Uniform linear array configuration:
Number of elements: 16
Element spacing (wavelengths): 0.75
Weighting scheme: kaiser
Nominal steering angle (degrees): -30
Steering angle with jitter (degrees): -31.316
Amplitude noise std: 0.05
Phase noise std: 0.05

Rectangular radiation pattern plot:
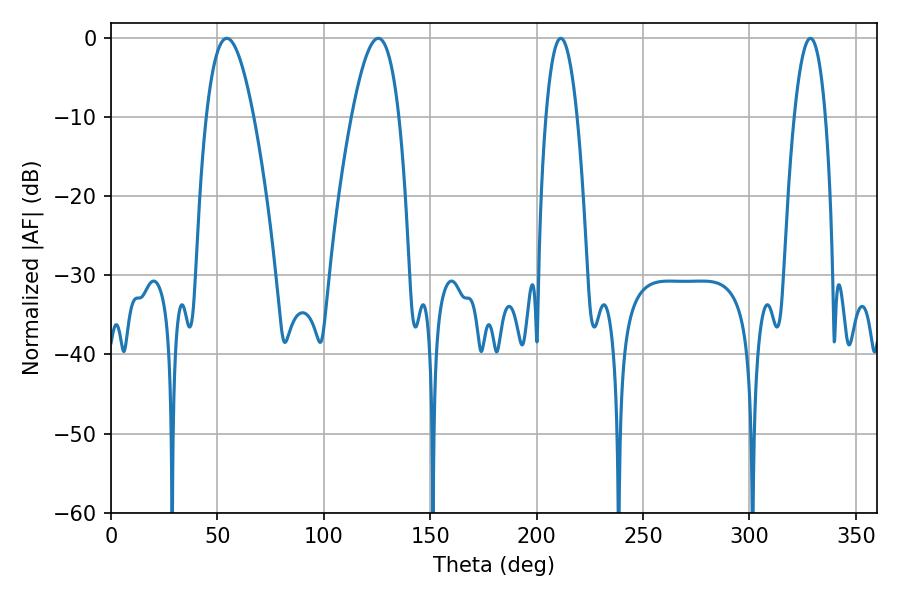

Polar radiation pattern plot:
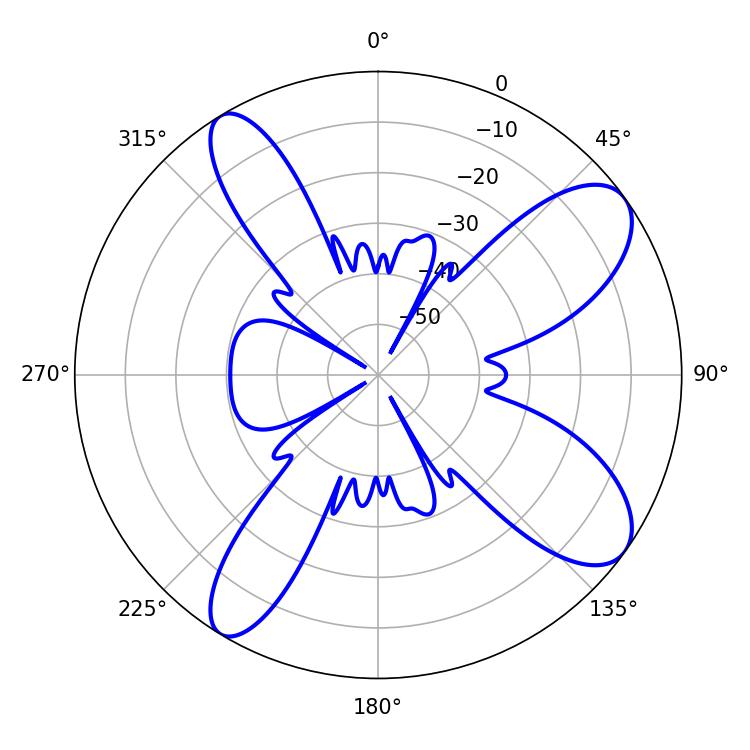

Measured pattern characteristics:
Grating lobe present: TRUE
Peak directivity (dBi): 9.681
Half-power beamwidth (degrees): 8.1
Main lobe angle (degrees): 328.68